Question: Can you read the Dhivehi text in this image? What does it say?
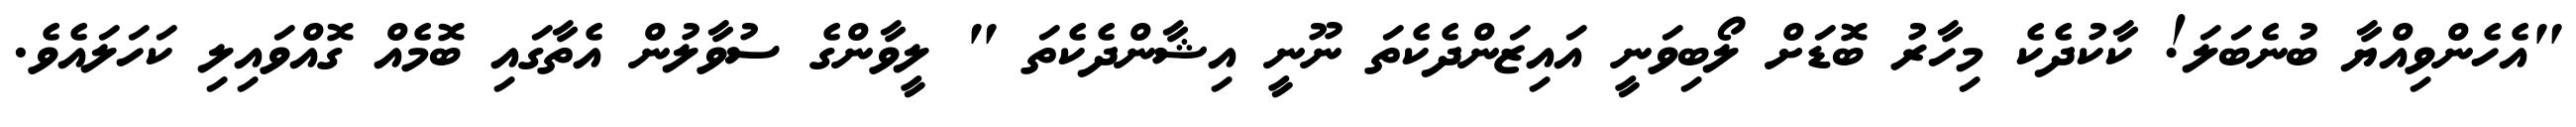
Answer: "އެހެންވިއްޔާ ބުނެބަލަ! ކާކުދެކެ މިހާރު ބޮޑަށް ލޯބިވަނީ އައިޒަންދެކެތަ ނޫނީ އިޝާންދެކެތަ " ލީވާންގެ ސުވާލުން އެތާގައި ބޮމެއް ގޮއްވައިލި ކަހަލައެވެ.